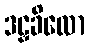
ဒဠှခိလော